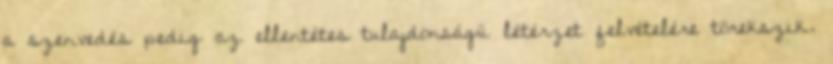
a szenvedés pedig az ellentétes tulajdonságú létérzet felvételére törekszik.